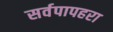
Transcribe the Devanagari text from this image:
सर्वपापहरा